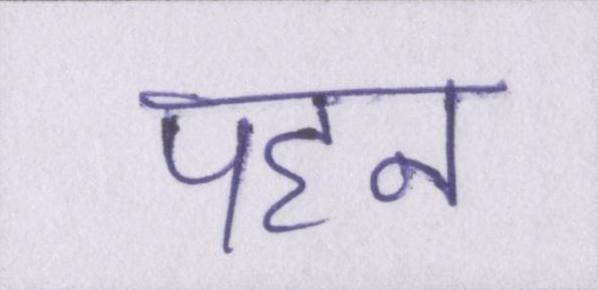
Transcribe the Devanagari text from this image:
पहन